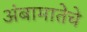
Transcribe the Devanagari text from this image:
अंबामातेचे